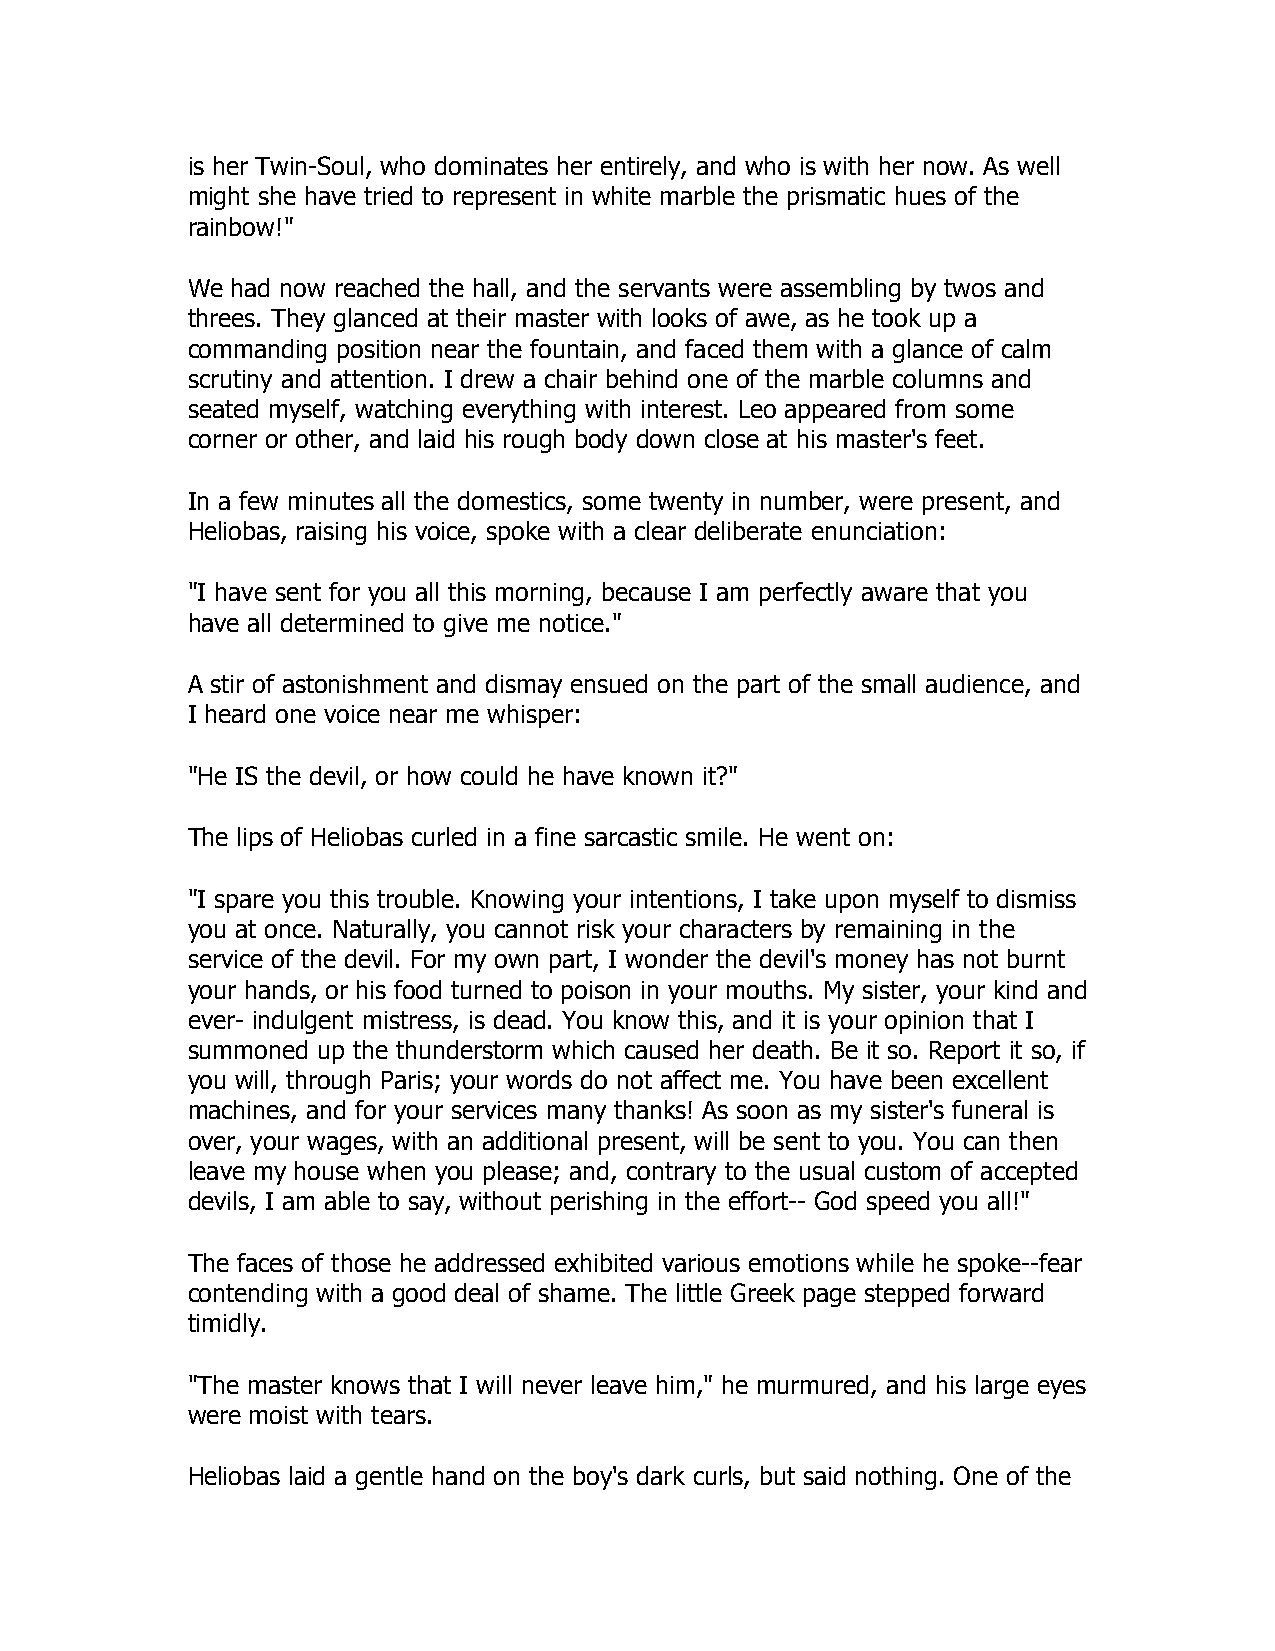
is her Twin-Soul, who dominates her entirely, and who is with her now. As well
 might she have tried to represent in white marble the prismatic hues of the
 rainbow!"
 We had now reached the hall, and the servants were assembling by twos and
 threes. They glanced at their master with looks of awe, as he took up a
 commanding position near the fountain, and faced them with a glance of calm
 scrutiny and attention. I drew a chair behind one of the marble columns and
 seated myself, watching everything with interest. Leo appeared from some
 corner or other, and laid his rough body down close at his master's feet.
 In a few minutes all the domestics, some twenty in number, were present, and
 Heliobas, raising his voice, spoke with a clear deliberate enunciation:
 "I have sent for you all this morning, because I am perfectly aware that you
 have all determined to give me notice."
 A stir of astonishment and dismay ensued on the part of the small audience, and
 I heard one voice near me whisper:
 "He IS the devil, or how could he have known it?"
 The lips of Heliobas curled in a fine sarcastic smile. He went on:
 "I spare you this trouble. Knowing your intentions, I take upon myself to dismiss
 you at once. Naturally, you cannot risk your characters by remaining in the
 service of the devil. For my own part, I wonder the devil's money has not burnt
 your hands, or his food turned to poison in your mouths. My sister, your kind and
 ever- indulgent mistress, is dead. You know this, and it is your opinion that I
 summoned up the thunderstorm which caused her death. Be it so. Report it so, if
 you will, through Paris; your words do not affect me. You have been excellent
 machines, and for your services many thanks! As soon as my sister's funeral is
 over, your wages, with an additional present, will be sent to you. You can then
 leave my house when you please; and, contrary to the usual custom of accepted
 devils, I am able to say, without perishing in the effort-- God speed you all!"
 The faces of those he addressed exhibited various emotions while he spoke--fear
 contending with a good deal of shame. The little Greek page stepped forward
 timidly.
 "The master knows that I will never leave him," he murmured, and his large eyes
 were moist with tears.
 Heliobas laid a gentle hand on the boy's dark curls, but said nothing. One of the